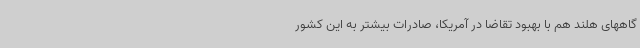
گاههای هلند هم با بهبود تقاضا در آمریکا، صادرات بیشتر به این کشور